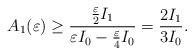
LaTeX: \begin{align*}A_1(\varepsilon)\ge \frac{\frac{\varepsilon}{2}I_1}{\varepsilon I_0 - \frac{\varepsilon}{4}I_0}= \frac{2I_1}{3I_0}.\end{align*}